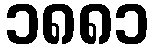
၁၈၈၁